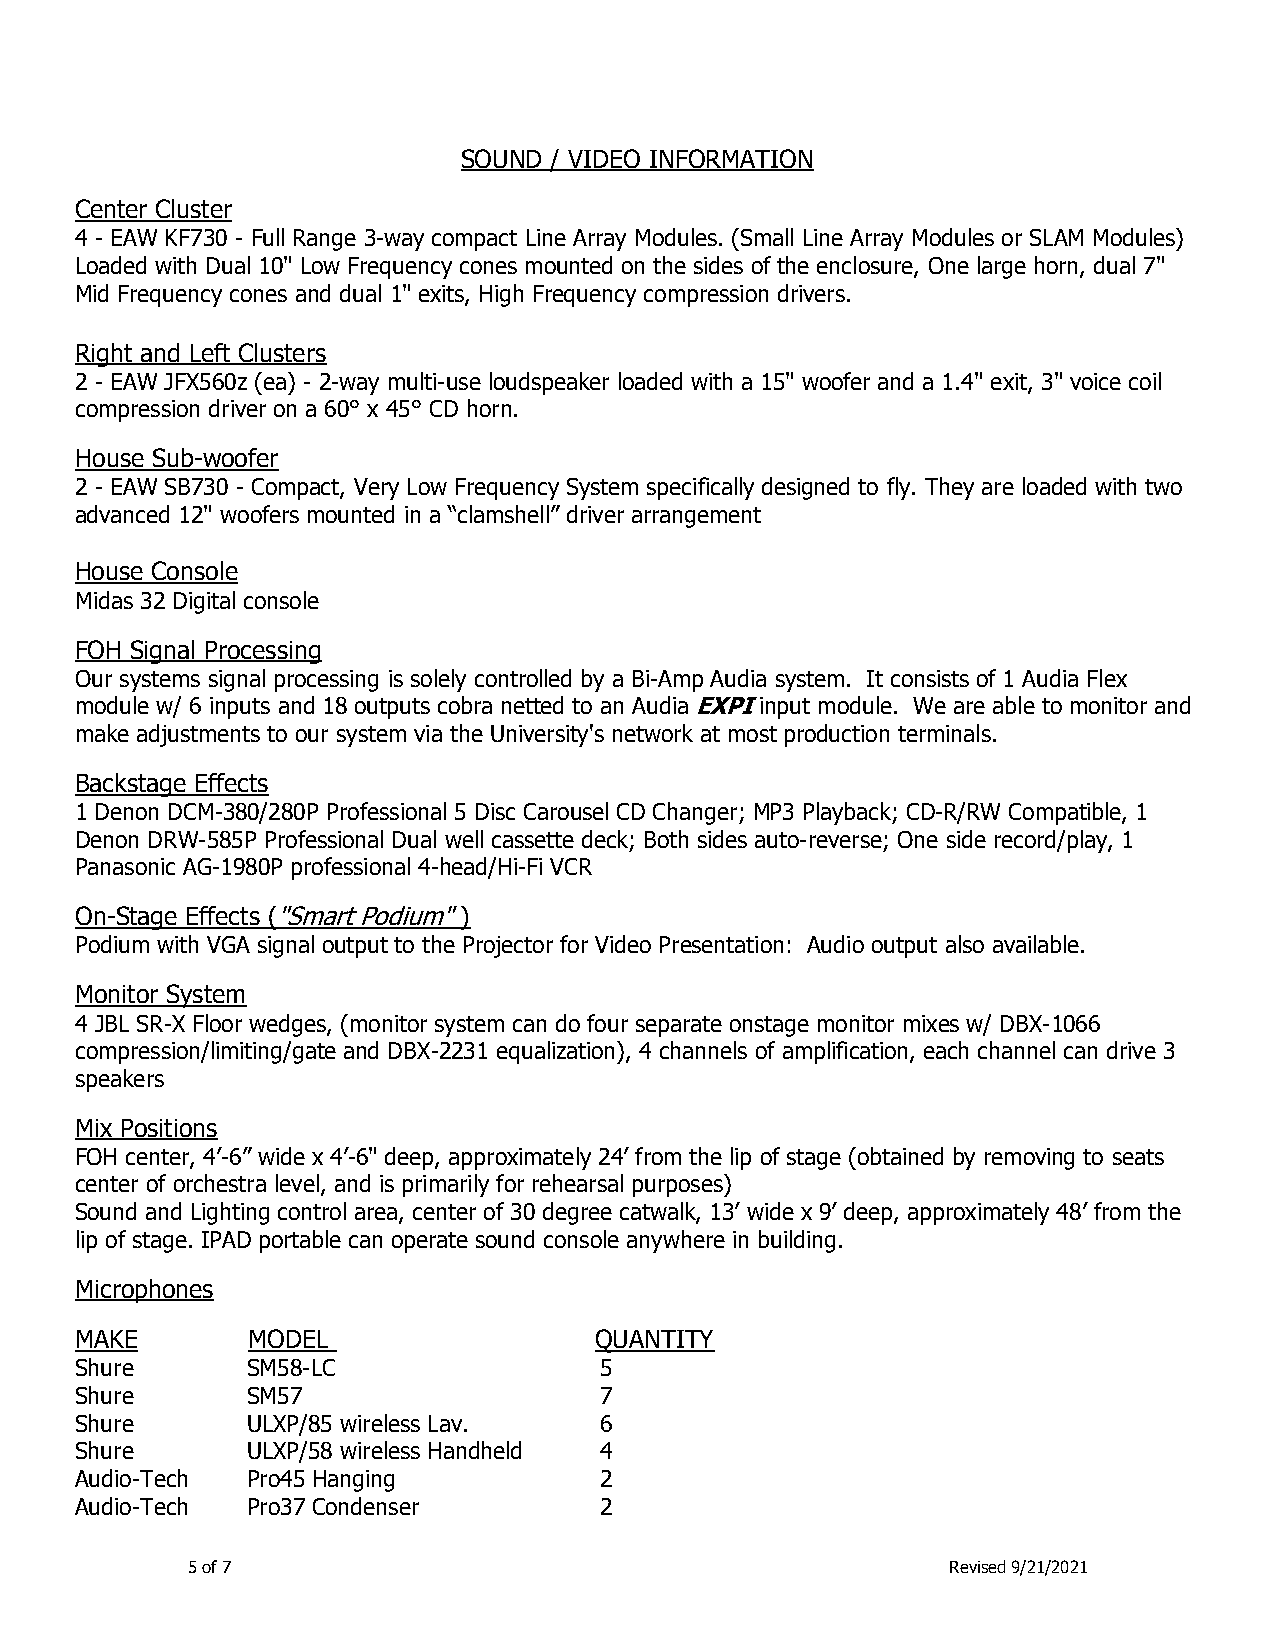
SOUND / VIDEO INFORMATION
 Center Cluster
 4 - EAW KF730 - Full Range 3-way compact Line Array Modules. (Small Line Array Modules or SLAM Modules)
 Loaded with Dual 10" Low Frequency cones mounted on the sides of the enclosure, One large horn, dual 7"
 Mid Frequency cones and dual 1" exits, High Frequency compression drivers.
 Right and Left Clusters
 2 - EAW JFX560z (ea) - 2-way multi-use loudspeaker loaded with a 15" woofer and a 1.4" exit, 3" voice coil
 compression driver on a 60° x 45° CD horn.
 House Sub-woofer
 2 - EAW SB730 - Compact, Very Low Frequency System specifically designed to fly. They are loaded with two
 advanced 12" woofers mounted in a “clamshell” driver arrangement
 House Console
 Midas 32 Digital console
 FOH Signal Processing
 Our systems signal processing is solely controlled by a Bi-Amp Audia system. It consists of 1 Audia Flex
 module w/ 6 inputs and 18 outputs cobra netted to an Audia EXPI input module. We are able to monitor and
 make adjustments to our system via the University's network at most production terminals.
 Backstage Effects
 1 Denon DCM-380/280P Professional 5 Disc Carousel CD Changer; MP3 Playback; CD-R/RW Compatible, 1
 Denon DRW-585P Professional Dual well cassette deck; Both sides auto-reverse; One side record/play, 1
 Panasonic AG-1980P professional 4-head/Hi-Fi VCR
 On-Stage Effects ("Smart Podium" )
 Podium with VGA signal output to the Projector for Video Presentation: Audio output also available.
 Monitor System
 4 JBL SR-X Floor wedges, (monitor system can do four separate onstage monitor mixes w/ DBX-1066
 compression/limiting/gate and DBX-2231 equalization), 4 channels of amplification, each channel can drive 3
 speakers
 Mix Positions
 FOH center, 4’-6” wide x 4’-6" deep, approximately 24’ from the lip of stage (obtained by removing to seats
 center of orchestra level, and is primarily for rehearsal purposes)
 Sound and Lighting control area, center of 30 degree catwalk, 13’ wide x 9’ deep, approximately 48’ from the
 lip of stage. IPAD portable can operate sound console anywhere in building.
 Microphones
 MAKE       MODEL                  QUANTITY
 Shure      SM58-LC                 5
 Shure      SM57                    7
 Shure      ULXP/85 wireless Lav.   6
 Shure      ULXP/58 wireless Handheld 4
 Audio-Tech Pro45 Hanging           2
 Audio-Tech Pro37 Condenser         2
 5 of 7                                             Revised 9/21/2021